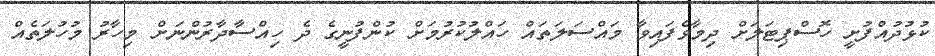
ކުޅުދުއްފުށީ ހޮސްޕިޓަލަށް ދިމާވެފައިވާ މައްސަލަތައް ހައްލުކުރުމަށް ކުންފުނީގެ ދެ ހިއްސާދާރުންނަށް މިހާރު މުހުލަތެއް